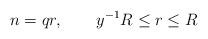
LaTeX: \begin{align*} n = qr,\quad\quad y^{-1}R\leq r\leq R\end{align*}